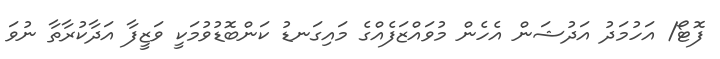
ފޮޓޯ/ އަހުމަދު އަދުޝަން އެހެން މުވައްޒަފެއްގެ މައިގަނޑު ކަންބޮޑުވުމަކީ ވަޒީފާ އަދާކުރާތާ ނުވަ